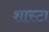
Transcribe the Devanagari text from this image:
शास्टा